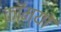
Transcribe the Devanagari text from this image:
कॉम्‍यो